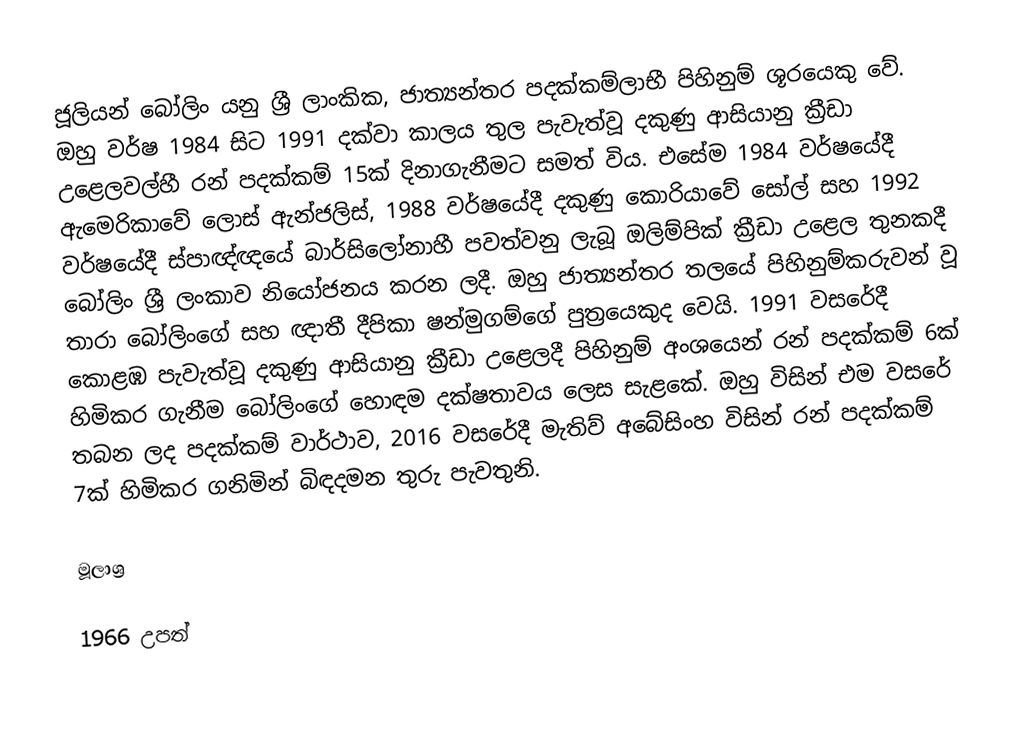
ජූලියන් බෝලිං යනු ශ්‍රී ලාංකික, ජාත්‍යන්තර පදක්කම්ලාභී පිහිනුම් ශූරයෙකු වේ. ඔහු වර්ෂ 1984 සිට 1991 දක්වා කාලය තුල පැවැත්වූ දකුණු ආසියානු ක්‍රීඩා උළෙලවල්හී රන් පදක්කම් 15ක් දිනාගැනීමට සමත් විය. එසේම 1984 වර්ෂයේදී ඇමෙරිකාවේ ලොස් ඇන්ජලිස්, 1988 වර්ෂයේදී දකුණු කොරියාවේ සෝල් සහ 1992 වර්ෂයේදී ස්පාඥ්ඥයේ බාර්සිලෝනාහී පවත්වනු ලැබූ ඔලිම්පික් ක්‍රීඩා උළෙල තුනකදී බෝලිං ශ්‍රී ලංකාව නියෝජනය කරන ලදී. ඔහු ජාත්‍යන්තර තලයේ පිහිනුම්කරුවන් වූ තාරා බෝලිංගේ සහ ඥාතී දීපිකා ෂන්මුගම්ගේ පුත්‍රයෙකුද වෙයි. 1991 වසරේදී කොළඹ පැවැත්වූ දකුණු ආසියානු ක්‍රීඩා උළෙලදී පිහිනුම් අංශයෙන් රන් පදක්කම් 6ක් හිමිකර ගැනීම බෝලිංගේ හොඳම දක්ෂතාවය ලෙස සැළකේ. ඔහු විසින් එම වසරේ තබන ලද පදක්කම් වාර්ථාව, 2016 වසරේදී මැතිව් අබේසිංහ විසින් රන් පදක්කම් 7ක් හිමිකර ගනිමින් බිඳදමන තුරු පැවතුනි.

මූලාශ්‍ර

1966 උපත්